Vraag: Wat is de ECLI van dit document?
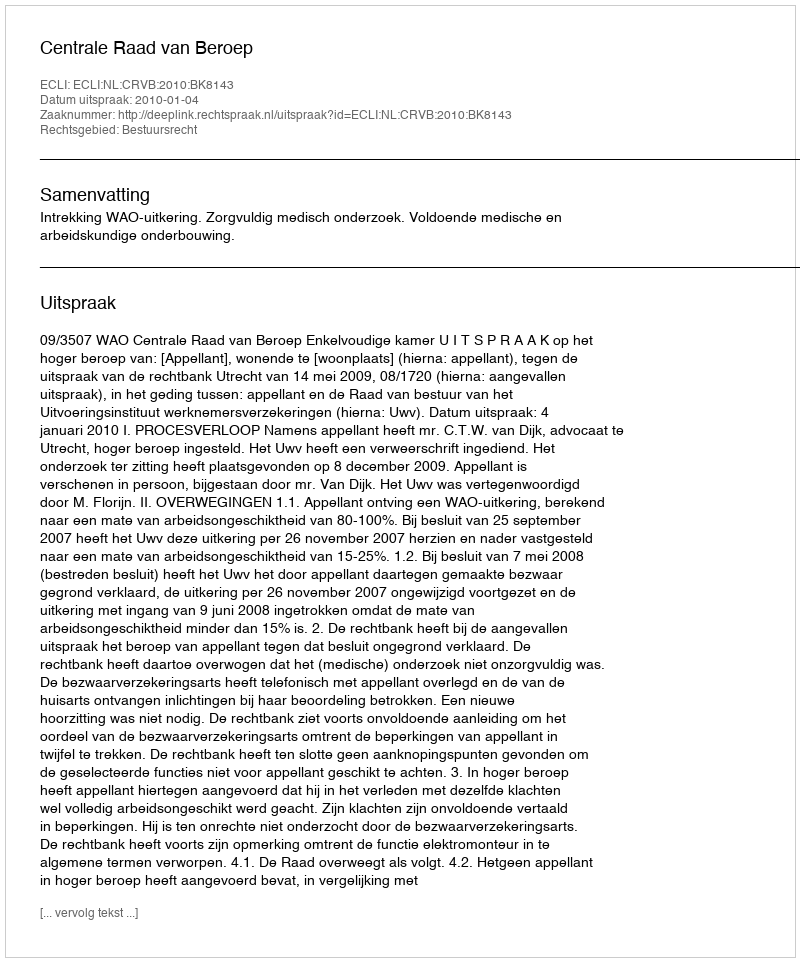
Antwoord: ECLI:NL:CRVB:2010:BK8143